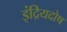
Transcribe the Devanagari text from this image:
इंद्रियदोष